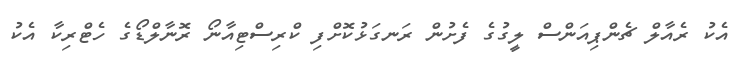
އެކު ރެއާލް ޗެންޕިއަންސް ލީގުގެ ފެށުން ރަނގަޅުކޮށްފި ކްރިސްޓިއާނޯ ރޮނާލްޑޯގެ ހެޓްރިކާ އެކު